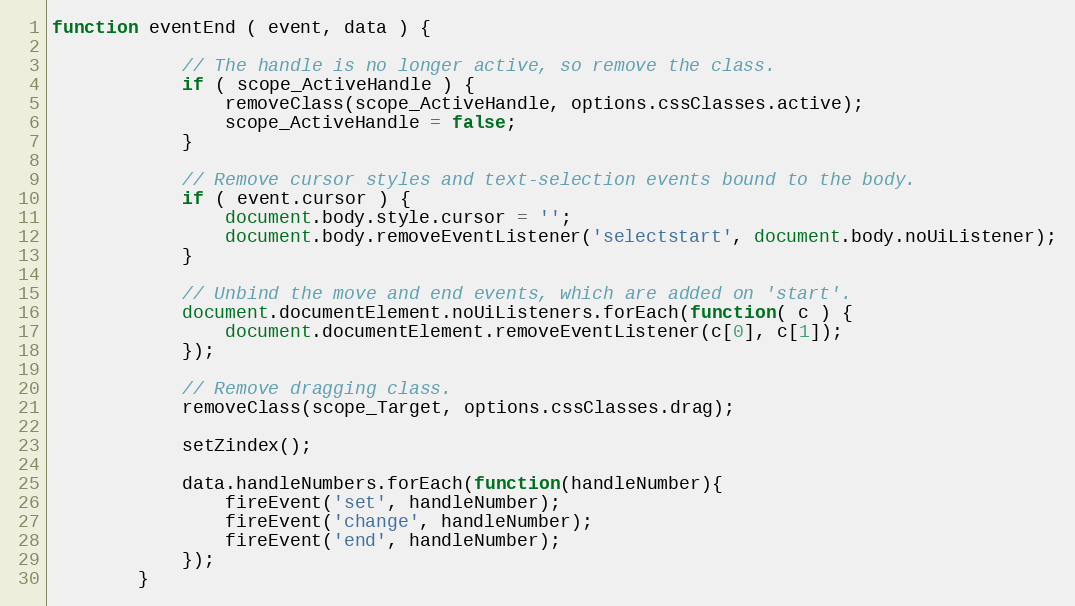
Language: JavaScript
function eventEnd ( event, data ) {

            // The handle is no longer active, so remove the class.
            if ( scope_ActiveHandle ) {
                removeClass(scope_ActiveHandle, options.cssClasses.active);
                scope_ActiveHandle = false;
            }

            // Remove cursor styles and text-selection events bound to the body.
            if ( event.cursor ) {
                document.body.style.cursor = '';
                document.body.removeEventListener('selectstart', document.body.noUiListener);
            }

            // Unbind the move and end events, which are added on 'start'.
            document.documentElement.noUiListeners.forEach(function( c ) {
                document.documentElement.removeEventListener(c[0], c[1]);
            });

            // Remove dragging class.
            removeClass(scope_Target, options.cssClasses.drag);

            setZindex();

            data.handleNumbers.forEach(function(handleNumber){
                fireEvent('set', handleNumber);
                fireEvent('change', handleNumber);
                fireEvent('end', handleNumber);
            });
        }